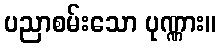
ပညာစမ်းသော ပုဏ္ဏား။